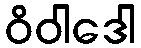
ဝိဝါဒေါ